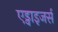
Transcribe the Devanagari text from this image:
एड्वाइजर्स